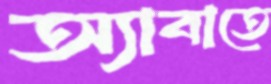
অ্যাবাতে